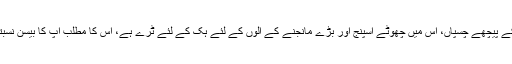
الماری کے دروازے کے پیچھے چسپاں، اس میں چھوٹے اسپنج اور بڑے مانجنے کے آلوں کے لئے ہک کے لئے ٹرے ہے، اس کا مطلب آپ کا بیسن نسبتاََ سمٹا ہوا رہ سکتا ہے۔